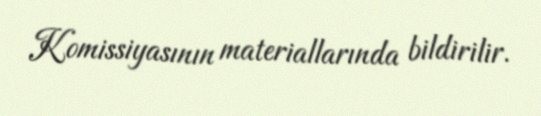
Komissiyasının materiallarında bildirilir.